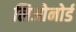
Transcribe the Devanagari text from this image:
लिओनोर्ड